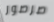
صرصور